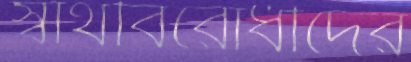
স্বার্থবিরোধীদের